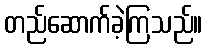
တည်ဆောက်ခဲ့ကြသည်။